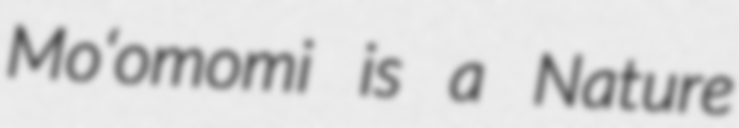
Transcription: Moʻomomi is a Nature